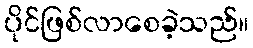
ပိုင်ဖြစ်လာစေခဲ့သည်။